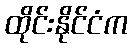
ထိုင်းနိုင်ငံက